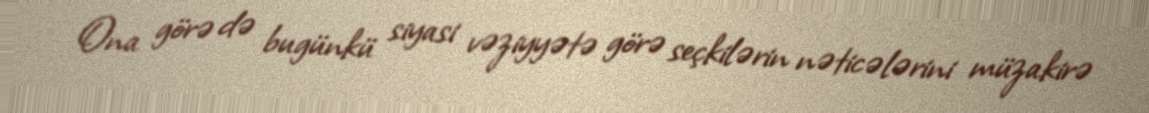
Ona görə də bugünkü siyasi vəziyyətə görə seçkilərin nəticələrini müzakirə